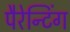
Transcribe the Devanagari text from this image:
पैरेन्टिंग